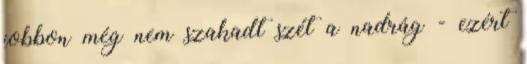
jobbon még nem szakadt szét a nadrág - ezért